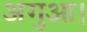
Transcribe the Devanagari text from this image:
अगुआ।